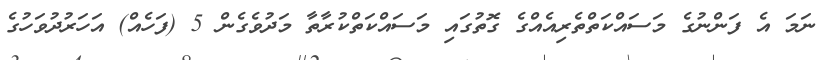
ނަމަ އެ ފަންނުގެ މަސައްކަތްތެރިއެއްގެ ގޮތުގައި މަސައްކަތްކުރާތާ މަދުވެގެން 5 (ފަހެއް) އަހަރުދުވަހުގެ